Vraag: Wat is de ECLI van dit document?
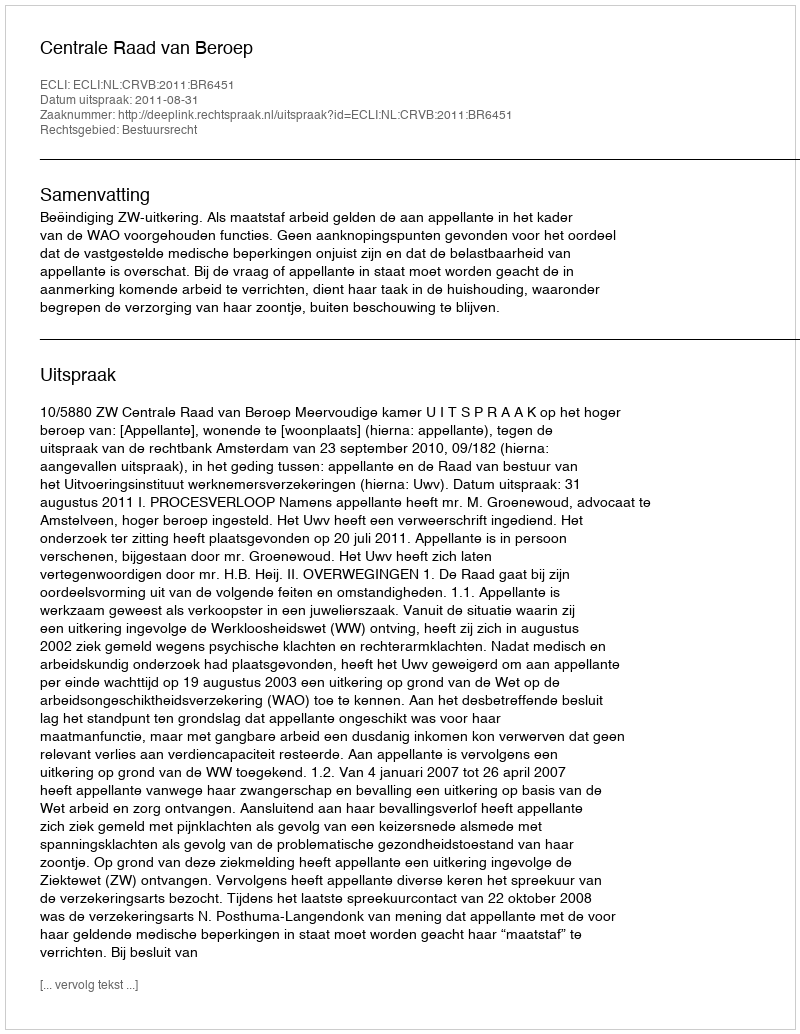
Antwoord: ECLI:NL:CRVB:2011:BR6451